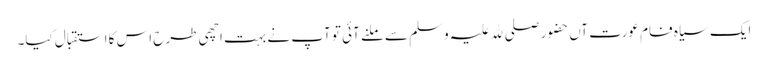
ایک سیاہ فام عورت آں حضور صلی ﷲ علیہ وسلم سے ملنے آئی تو آپ نے بہت اچھی طرح اس کا استقبال کیا۔